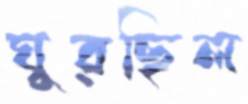
ঘুরছিল